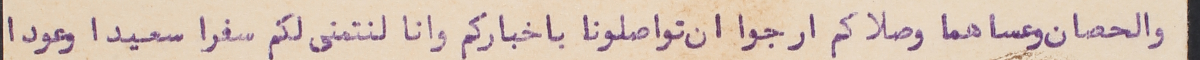
والحصان وعساهما وصلاكم ارجوا ان تواصلونا باخباركم وانا لنتمنى لكم سفرا سعيدا وعودا